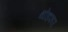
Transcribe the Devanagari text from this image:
थोडफार